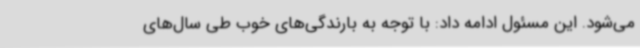
می‌شود. این مسئول ادامه داد: با توجه به بارندگی‌های خوب طی سال‌های